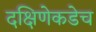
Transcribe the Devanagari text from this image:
दक्षिणेकडेच